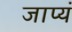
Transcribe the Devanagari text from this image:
जाप्यं